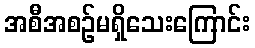
အစီအစဉ်မရှိသေးကြောင်း